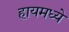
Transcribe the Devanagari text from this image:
हायमध्ये